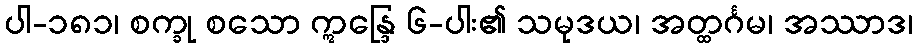
ပါ-၁၈၁၊ စက္ခု စသော ဣန္ဒြေ ၆-ပါး၏ သမုဒယ၊ အတ္ထင်္ဂမ၊ အဿာဒ၊